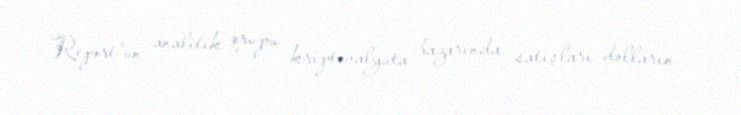
Report"un analitik qrupu kriptovalyuta bazarında satışları dolların